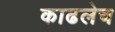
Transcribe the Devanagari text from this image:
काढलेच